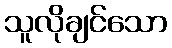
သူလိုချင်သော